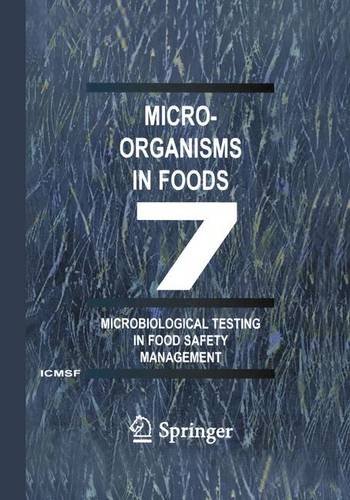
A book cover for Microorganisms in Foods 7: Microbiological Testing in Food Safety Management; International Commission for the Microbiological Specifications of Foods (ICMSF); Science & Math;